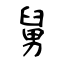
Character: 舅